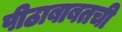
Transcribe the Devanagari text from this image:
पीठाबाबतची